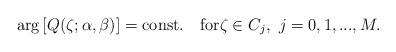
LaTeX: \begin{align*}\arg \left[Q(\zeta;\alpha,\beta)\right]= \mbox{const.} \quad\mbox{for} \zeta\in C_j, \ j=0,1,...,M.\end{align*}